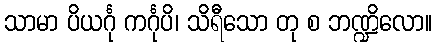
သာမာ ပိယင်္ဂု ကင်္ဂုပိ၊ သိရီသော တု စ ဘဏ္ဍိလော။